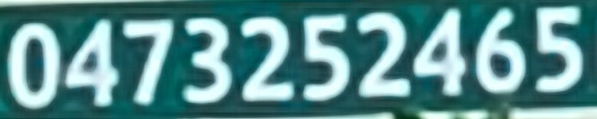
0473252465